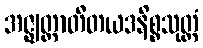
အဇ္ဈတ္တာတီတယဒနိစ္စသုတ္တံ